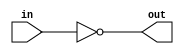
module top_module( input in, output out );
	assign out = ~in; //'~' bitwise negation operator
endmodule